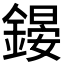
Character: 𨪶